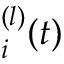
{ \bf \Xi } _ { i } ^ { ( l ) } ( t )